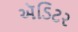
ઍડિટર